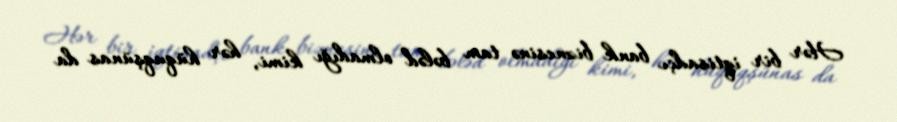
Hər bir iqtisadçı bank biznesinə tam bələd olmadığı kimi, hər hüquqşünas da